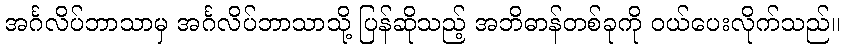
အင်္ဂလိပ်ဘာသာမှ အင်္ဂလိပ်ဘာသာသို့ ပြန်ဆိုသည့် အဘိဓာန်တစ်ခုကို ဝယ်ပေးလိုက်သည်။